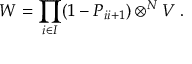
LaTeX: W ^ { \l } = \prod _ { i \in I ^ { \l } } ( 1 - P _ { i i + 1 } ) \otimes ^ { N } V \; .